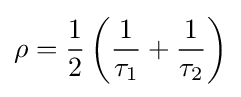
\rho ={\frac {1}{2}}\left({\frac {1}{\tau _{1}}}+{\frac {1}{\tau _{2}}}\right)